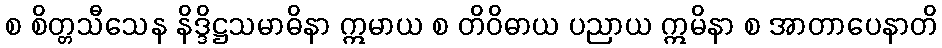
စ စိတ္တသီသေန နိဒ္ဒိဋ္ဌသမာဓိနာ ဣမာယ စ တိဝိဓာယ ပညာယ ဣမိနာ စ အာတာပေနာတိ